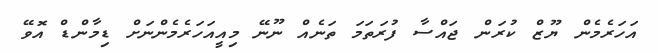
އަހަރެމެން ޔޫޒް ކުރަން ޖައްސާ ފުރަތަމަ ތަނެއް ނޫނޭ މިއީއަހަރެމެންނަށް ޑިމާންޑް އޮވޭ